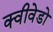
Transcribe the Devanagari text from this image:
क्वीवेडो